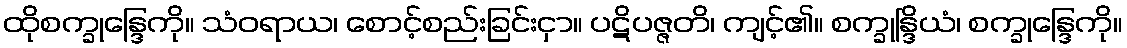
ထိုစက္ခုန္ဒြေကို။ သံဝရာယ၊ စောင့်စည်းခြင်းငှာ။ ပဋိပဇ္ဇတိ၊ ကျင့်၏။ စက္ခုန္ဒြိယံ၊ စက္ခုန္ဒြေကို။